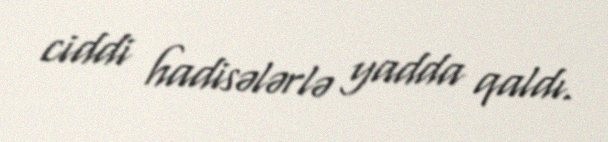
ciddi hadisələrlə yadda qaldı.